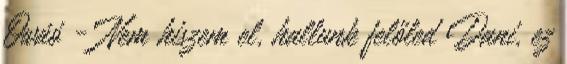
Ówáó - Nem hiszem el, hallunk felőled Dani, ez